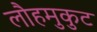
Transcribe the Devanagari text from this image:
लौहमुकुट